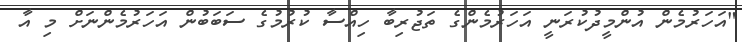
"އަހަރުމެން އުންމީދުކުރަނީ އަހަރުމެންގެ ތަޖުރިބާ ހިއްސާ ކުރުމުގެ ސަބަބުން އަހަރުމެންނަށް މި އާ